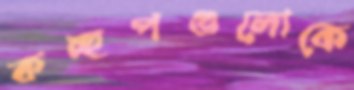
কচ্ছপগুলোকে